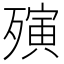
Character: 殥